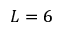
L = 6